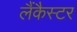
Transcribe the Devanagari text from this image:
लैंकैस्टर